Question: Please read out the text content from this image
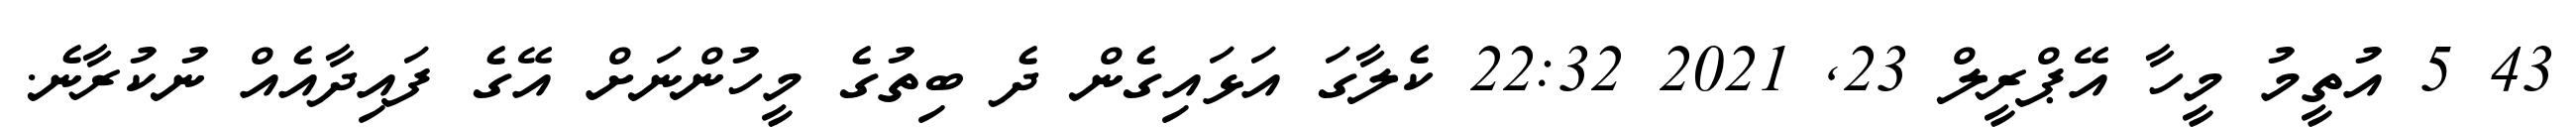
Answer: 43 5 އުތީމު މީހާ އޭޕްރީލް 23, 2021 22:32 ކެލާގަ އަޅައިގެން ދެ ބިތުގެ މީހުންނަށް އޭގެ ފައިދާއެއް ނުކުރާނެ.